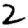
Digit: 2